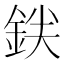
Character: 𬫒